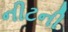
નીટની